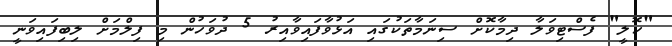
"ހޮލީ" ފެސްޓިވަލާ ދިމާކޮށް ސިނަމާތަކުގައި އަޅުވާފައިވާއިރު 5 ދުވަހުން މި ފިލްމަށް ލިބިފައިވަނީ